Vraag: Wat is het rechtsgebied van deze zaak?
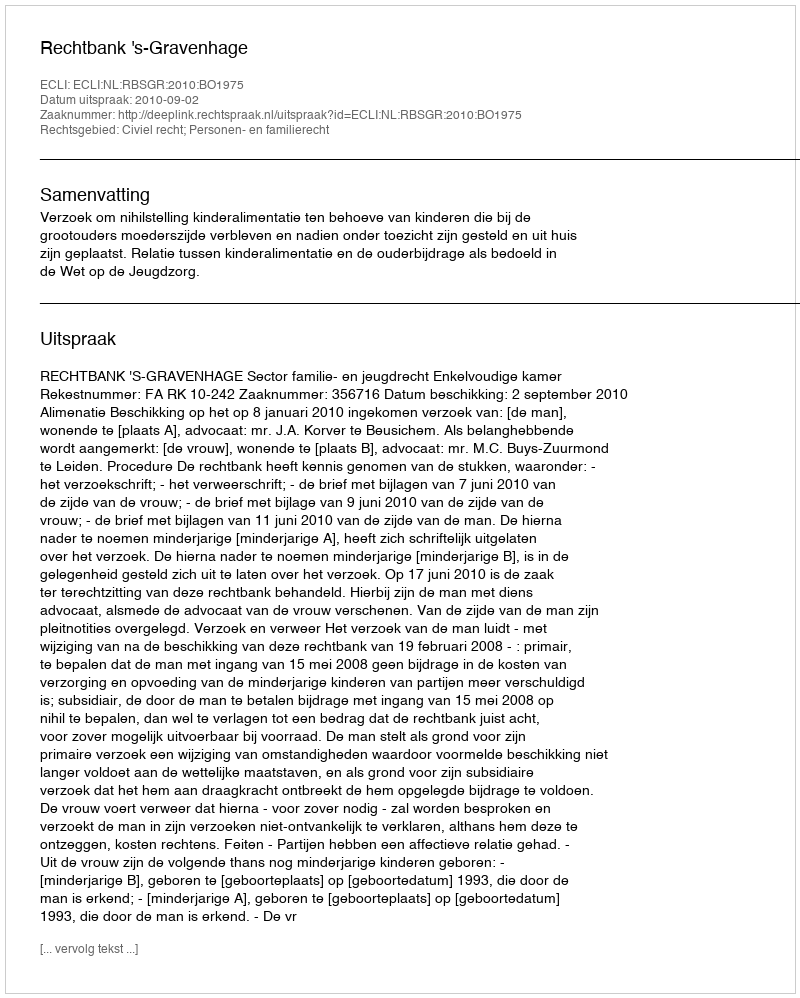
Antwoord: Civiel recht; Personen- en familierecht